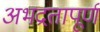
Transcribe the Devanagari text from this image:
अभद्रतापूर्ण